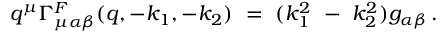
q ^ { \mu } \Gamma _ { \mu \alpha \beta } ^ { F } ( q , - k _ { 1 } , - k _ { 2 } ) \ = \ ( k _ { 1 } ^ { 2 } \ - \ k _ { 2 } ^ { 2 } ) g _ { \alpha \beta } \, .